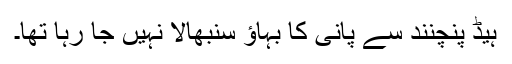
ہیڈ پنچنند سے پانی کا بہاؤ سنبھالا نہیں جا رہا تھا۔